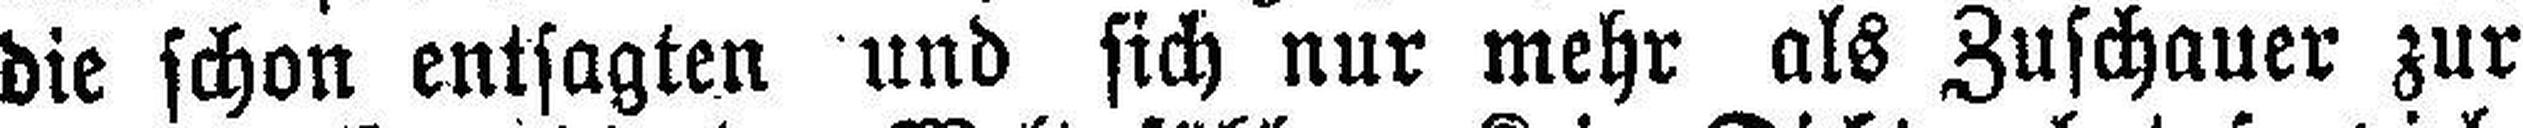
die schon entsagten und sich nur mehr als Zuschauer zur